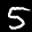
Label: 5